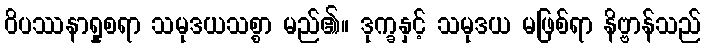
ဝိပဿနာရှုစရာ သမုဒယသစ္စာ မည်၏။ ဒုက္ခနှင့် သမုဒယ မဖြစ်ရာ နိဗ္ဗာန်သည်